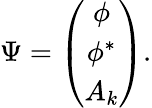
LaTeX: \Psi=\left(\begin{array}{c}{{\phi}}\\ {{\phi^{\ast}}}\\ {{A_{k}}}\end{array}\right).